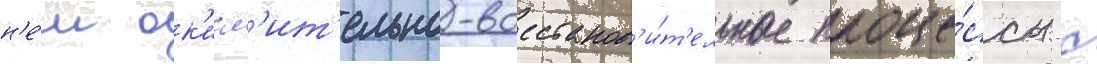
н'е́м ок'исл'ит'ельно-восстанов'и́т'ельные проце́ссы с